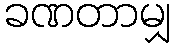
ခဏတာမျှ